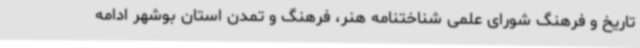
تاریخ و فرهنگ شورای علمی شناختنامه هنر، فرهنگ و تمدن استان بوشهر ادامه